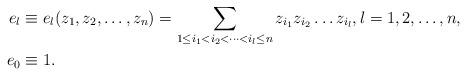
LaTeX: \begin{align*} e_l &\equiv e_l(z_1, z_2, \ldots, z_n) = \sum_{1\le i_1< i_2< \cdots < i_l\le n} z_{i_1} z_{i_2} \ldots z_{i_l}, l=1, 2, \ldots, n, \\ e_0 &\equiv 1. \end{align*}